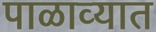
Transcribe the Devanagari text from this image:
पाळाव्यात